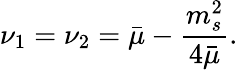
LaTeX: \nu_{1}=\nu_{2}=\bar{\mu}-\frac{m_{s}^{2}}{4\bar{\mu}}.